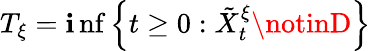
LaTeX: T_{\xi}=\operatorname*{\mathbf{i}nf}\left\{ t\geq0:\tilde{{X}}_{t}^{\xi}\notinD\right\}